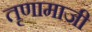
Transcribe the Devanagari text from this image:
तृणामाजी